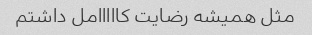
مثل همیشه رضایت کااااامل داشتم